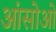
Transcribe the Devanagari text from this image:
आंसोओं